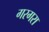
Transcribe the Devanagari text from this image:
गरगरा